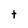
Character: t